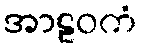
အာဠဝကံ